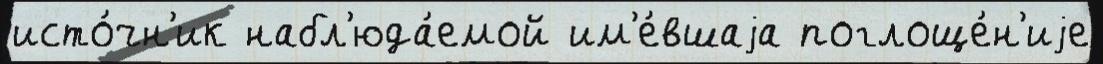
исто́чн'ик набл'юда́емой им'е́вшаjа поглоще́н'иjе